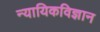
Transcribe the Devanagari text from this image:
न्यायिकविज्ञान